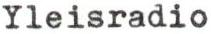
Yleisradio